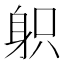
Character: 𨈪